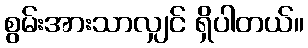
စွမ်းအားသာလျှင် ရှိပါတယ်။